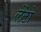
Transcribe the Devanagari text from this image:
लेंटो